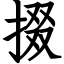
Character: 掇